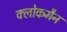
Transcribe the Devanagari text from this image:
क्लोकमैन